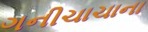
ગનીચાચાના